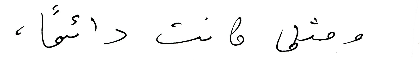
ومثلما كانت دائمًا،